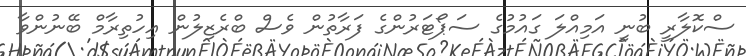
ސްކޮލާރީ ބުނީ އަމިއްލަ ގައުމުގެ ސަޕޯޓަރުންގެ ފަރާތުން ވެސް ބްރެޒިލުން އިހުތިރާމް ބޭނުންވާ